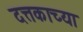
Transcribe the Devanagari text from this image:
दत्तकाच्या